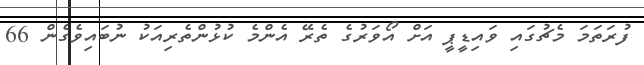
ފުރަތަމަ މެޗުގައި ވައިޑީޕީ އަށް އޯވަރުގެ ތެރޭ އެންމެ ކުޅުންތެރިއަކު ނުބައިވެގެން 66